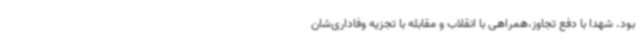
بود. شهدا با دفع تجاوز،همراهی با انقلاب و مقابله با تجزیه وفاداری‌شان